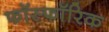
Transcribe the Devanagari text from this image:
फॉस्फॉरिक